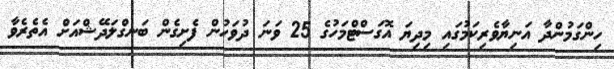
ހިންގަމުންދާ އަނިޔާވެރިކަމުގައި މިދިޔަ އޮގަސްޓްމަހުގެ 25 ވަނަ ދުވަހުން ފެށިގެން ބަނގްލަދޭޝްއަށް އެތެރެވާ